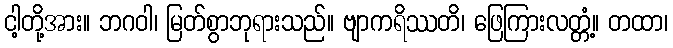
ငါ့တို့အား။ ဘဂဝါ၊ မြတ်စွာဘုရားသည်။ ဗျာကရိဿတိ၊ ဖြေကြားလတ္တံ့။ တထာ၊